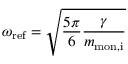
\omega _ { \mathrm { r e f } } = \sqrt { \frac { 5 \pi } { 6 } \frac { \gamma } { m _ { \mathrm { m o n , i } } } }